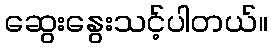
ဆွေးနွေးသင့်ပါတယ်။